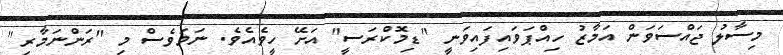
މިސާލު ޖައްސަވަން އަމާޒު ހިއްޕަވައިފައިވަނީ "ޑިމޮކްރަސީ" އަށޭ ހީވެއެވެ. ނަމަވެސް މި "ރަންނަމާރި"